Vaccination in Burma 1920-1933 - 1920-1933
Year: 1920
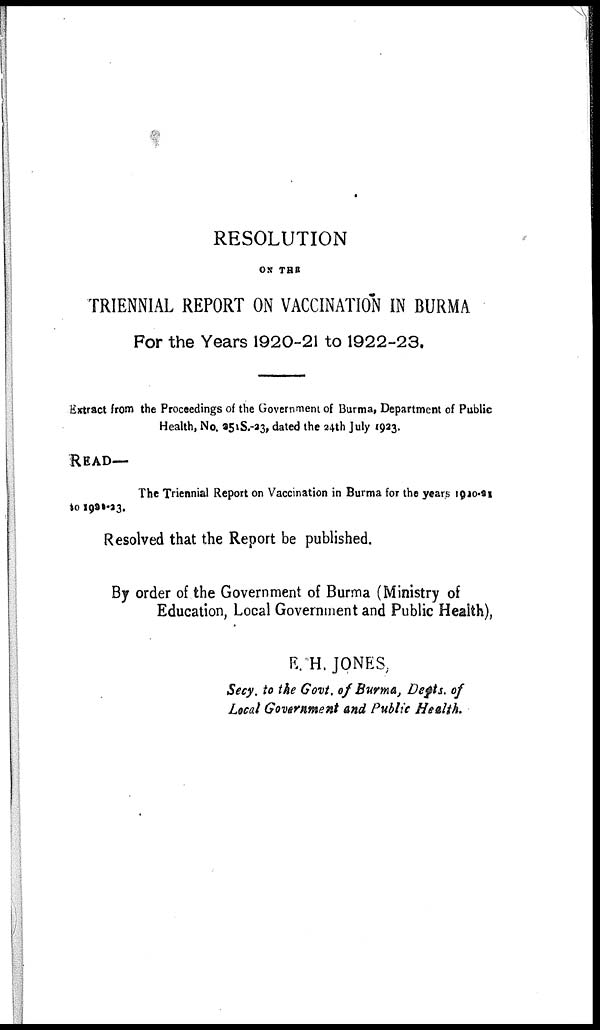
RESOLUTION
ON THE
TRIENNIAL REPORT ON VACCINATION IN BURMA
For the Years 1920-21 to 1922-23.
Extract from the Proceedings of the Government of Burma, Department of Public
Health, No. 2518-23, dated the 24th July 1923.
READ—
The Triennial Report on Vaccination in Burma for the years 1920-21
to 1921-23.
Resolved that the Report be published.
By order of the Government of Burma (Ministry of
Education, Local Government and Public Health),
E. H.JONES,
Secy. to the Govt. of Burma, Depts. of
Local Government and Public Health.